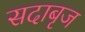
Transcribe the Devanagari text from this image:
सदाबृज